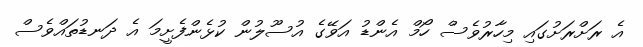
އެ ރަަށްރަށުގައި މިހާރުވެސް ހޯމް އެންޑު އަވޭގެ އުސޫލުން ކުޅެންފެށީމަ އެ ދަނޑުތައްވެސް